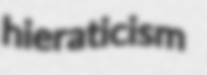
hieraticism